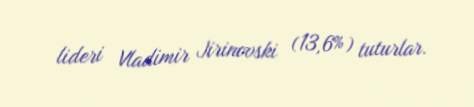
lideri Vladimir Jirinovski (13,6%) tuturlar.